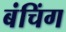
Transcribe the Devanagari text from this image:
बंचिंग